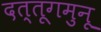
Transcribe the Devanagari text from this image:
दत्तूगमुनू